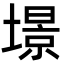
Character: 𡐹